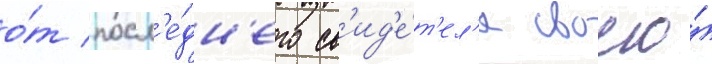
о́т посл'е́дн'его св'ид'е́т'ел'я своего́